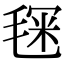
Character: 𣮓